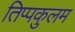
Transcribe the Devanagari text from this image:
तिप्पकुलम